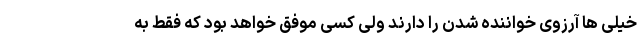
خیلی ها آرزوی خواننده شدن را دارند ولی کسی موفق خواهد بود که فقط به